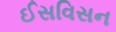
ઈસવિસન